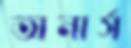
অনার্স